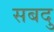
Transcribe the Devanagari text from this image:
सबदु